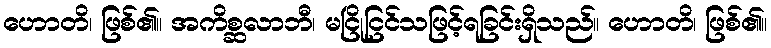
ဟောတိ၊ ဖြစ်၏။ အကိစ္ဆလာဘီ၊ မငြိုငြင်သဖြင့်ရခြင်းရှိသည်။ ဟောတိ၊ ဖြစ်၏။